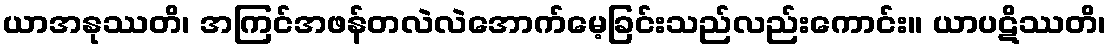
ယာအနုဿတိ၊ အကြင်အဖန်တလဲလဲအောက်မေ့ခြင်းသည်လည်းကောင်း။ ယာပဋိဿတိ၊